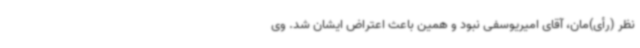
نظر (رأی)‌مان، آقای امیریوسفی نبود و همین باعث اعتراض ایشان شد. وی